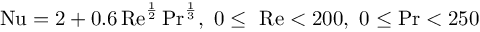
\mathrm { N u } = 2 + 0 . 6 \, \mathrm { R e } ^ { \frac { 1 } { 2 } } \, \mathrm { P r } ^ { \frac { 1 } { 3 } } , ~ 0 \leq ~ \mathrm { R e } < 2 0 0 , ~ 0 \leq \mathrm { P r } < 2 5 0